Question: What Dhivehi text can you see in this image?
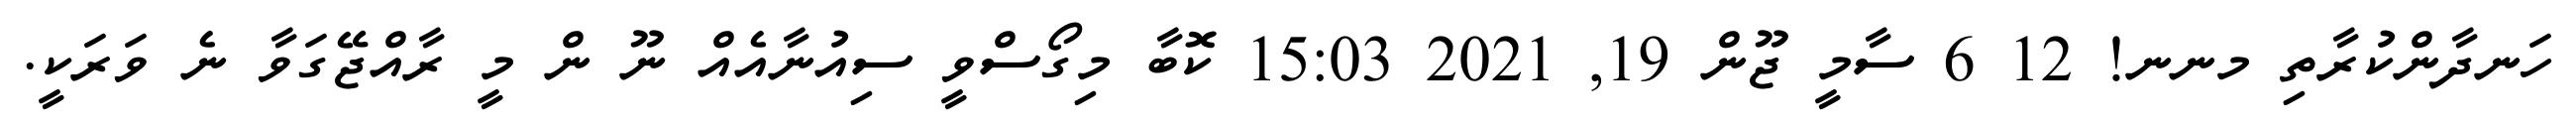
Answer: ހަނދާންކުރާތި މނނ! 12 6 ސާމީ ޖޫން 19, 2021 15:03 ކޮބާ މިގޯސްވީ ސިއުނާއެއް ނޫ ން މީ ރާއްޖޭގަވާ ނެ ވަރަކީ.